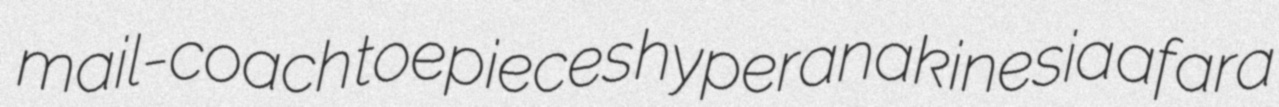
mail-coach toepieces hyperanakinesia afara